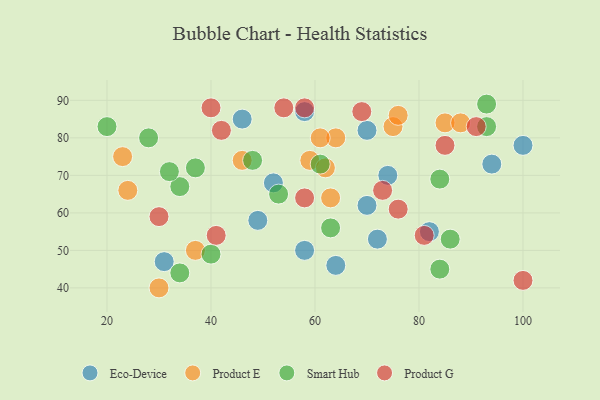
{"axis": {"x": "GDP", "y": "Life Expectancy"}, "legend": ["Eco-Device", "Product E", "Product G", "Smart Hub"], "data": [{"x": "58", "y": 50, "type": "Eco-Device"}, {"x": "94", "y": 73, "type": "Eco-Device"}, {"x": "49", "y": 58, "type": "Eco-Device"}, {"x": "70", "y": 82, "type": "Eco-Device"}, {"x": "74", "y": 70, "type": "Eco-Device"}, {"x": "70", "y": 62, "type": "Eco-Device"}, {"x": "58", "y": 87, "type": "Eco-Device"}, {"x": "82", "y": 55, "type": "Eco-Device"}, {"x": "31", "y": 47, "type": "Eco-Device"}, {"x": "52", "y": 68, "type": "Eco-Device"}, {"x": "100", "y": 78, "type": "Eco-Device"}, {"x": "46", "y": 85, "type": "Eco-Device"}, {"x": "72", "y": 53, "type": "Eco-Device"}, {"x": "64", "y": 46, "type": "Eco-Device"}, {"x": "23", "y": 75, "type": "Product E"}, {"x": "75", "y": 83, "type": "Product E"}, {"x": "76", "y": 86, "type": "Product E"}, {"x": "85", "y": 84, "type": "Product E"}, {"x": "63", "y": 64, "type": "Product E"}, {"x": "64", "y": 80, "type": "Product E"}, {"x": "37", "y": 50, "type": "Product E"}, {"x": "30", "y": 40, "type": "Product E"}, {"x": "24", "y": 66, "type": "Product E"}, {"x": "59", "y": 74, "type": "Product E"}, {"x": "62", "y": 72, "type": "Product E"}, {"x": "61", "y": 80, "type": "Product E"}, {"x": "46", "y": 74, "type": "Product E"}, {"x": "88", "y": 84, "type": "Product E"}, {"x": "93", "y": 89, "type": "Smart Hub"}, {"x": "34", "y": 67, "type": "Smart Hub"}, {"x": "37", "y": 72, "type": "Smart Hub"}, {"x": "86", "y": 53, "type": "Smart Hub"}, {"x": "84", "y": 69, "type": "Smart Hub"}, {"x": "84", "y": 45, "type": "Smart Hub"}, {"x": "34", "y": 44, "type": "Smart Hub"}, {"x": "40", "y": 49, "type": "Smart Hub"}, {"x": "32", "y": 71, "type": "Smart Hub"}, {"x": "20", "y": 83, "type": "Smart Hub"}, {"x": "53", "y": 65, "type": "Smart Hub"}, {"x": "61", "y": 73, "type": "Smart Hub"}, {"x": "93", "y": 83, "type": "Smart Hub"}, {"x": "28", "y": 80, "type": "Smart Hub"}, {"x": "63", "y": 56, "type": "Smart Hub"}, {"x": "48", "y": 74, "type": "Smart Hub"}, {"x": "100", "y": 42, "type": "Product G"}, {"x": "76", "y": 61, "type": "Product G"}, {"x": "81", "y": 54, "type": "Product G"}, {"x": "58", "y": 64, "type": "Product G"}, {"x": "58", "y": 88, "type": "Product G"}, {"x": "73", "y": 66, "type": "Product G"}, {"x": "91", "y": 83, "type": "Product G"}, {"x": "40", "y": 88, "type": "Product G"}, {"x": "42", "y": 82, "type": "Product G"}, {"x": "54", "y": 88, "type": "Product G"}, {"x": "41", "y": 54, "type": "Product G"}, {"x": "69", "y": 87, "type": "Product G"}, {"x": "85", "y": 78, "type": "Product G"}, {"x": "30", "y": 59, "type": "Product G"}]}